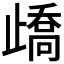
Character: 𣦜